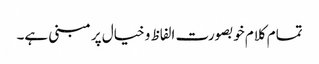
تمام کلام خوبصورت الفاظ و خیال پر مبنی ہے۔